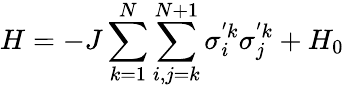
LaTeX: H=-J\sum_{k=1}^{N}{\sum_{i,j=k}^{N+1}{\sigma_{i}^{'k}\sigma_{j}^{'k}}}+{H_{0}}